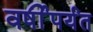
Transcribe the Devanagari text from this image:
वर्षीपर्यंत